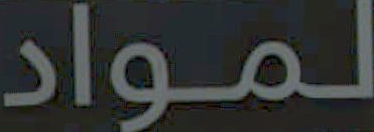
لمواد